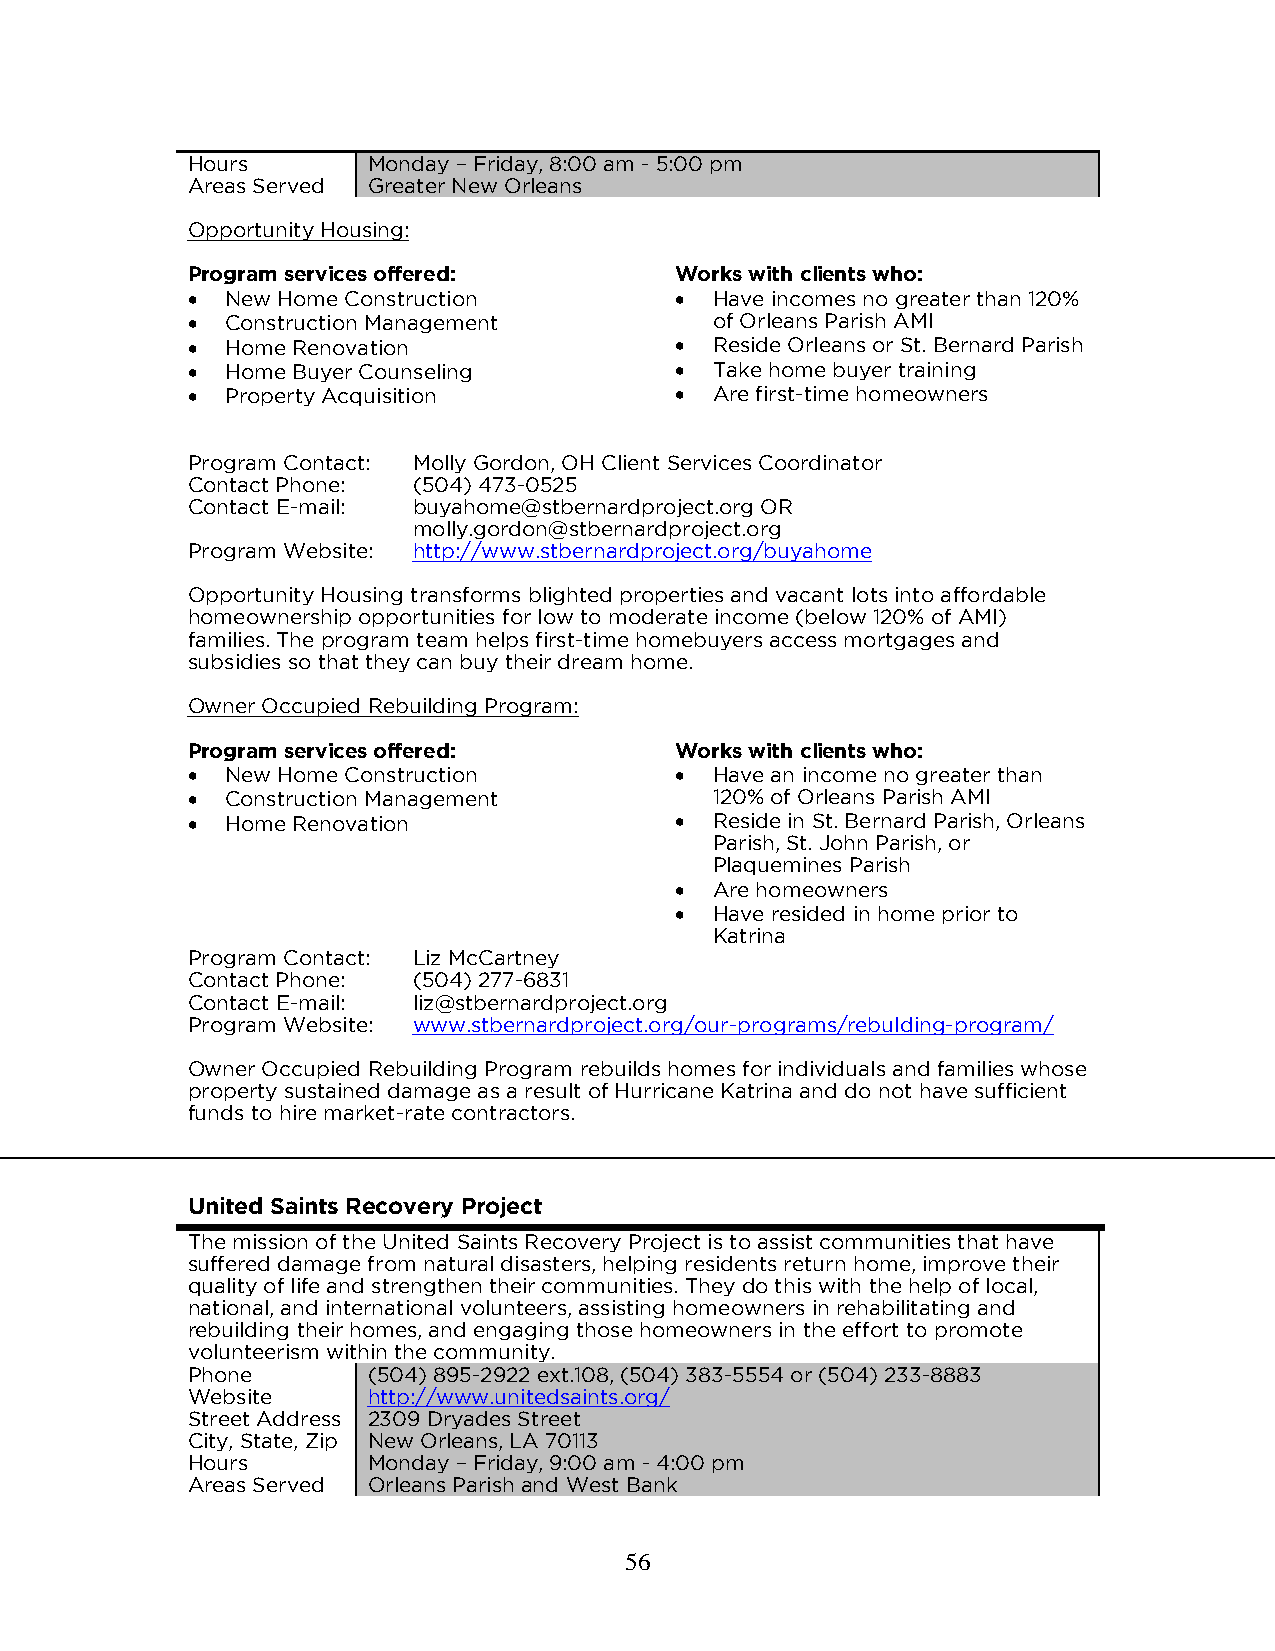
Hours       Monday – Friday, 8:00 am - 5:00 pm
 Areas Served Greater New Orleans
 Opportunity Housing:
 Program services offered:        Works with clients who:
   New Home Construction          Have incomes no greater than 120%
   Construction Management         of Orleans Parish AMI
   Home Renovation                Reside Orleans or St. Bernard Parish
   Home Buyer Counseling          Take home buyer training
   Property Acquisition           Are first-time homeowners
 Program Contact: Molly Gordon, OH Client Services Coordinator
 Contact Phone: (504) 473-0525
 Contact E-mail: buyahome@stbernardproject.org OR
 molly.gordon@stbernardproject.org
 Program Website: http://www.stbernardproject.org/buyahome
 Opportunity Housing transforms blighted properties and vacant lots into affordable
 homeownership opportunities for low to moderate income (below 120% of AMI)
 families. The program team helps first-time homebuyers access mortgages and
 subsidies so that they can buy their dream home.
 Owner Occupied Rebuilding Program:
 Program services offered:        Works with clients who:
   New Home Construction          Have an income no greater than
   Construction Management         120% of Orleans Parish AMI
   Home Renovation                Reside in St. Bernard Parish, Orleans
 Parish, St. John Parish, or
 Plaquemines Parish
  Are homeowners
  Have resided in home prior to
 Katrina
 Program Contact: Liz McCartney
 Contact Phone: (504) 277-6831
 Contact E-mail: liz@stbernardproject.org
 Program Website: www.stbernardproject.org/our-programs/rebulding-program/
 Owner Occupied Rebuilding Program rebuilds homes for individuals and families whose
 property sustained damage as a result of Hurricane Katrina and do not have sufficient
 funds to hire market-rate contractors.
 United Saints Recovery Project
 The mission of the United Saints Recovery Project is to assist communities that have
 suffered damage from natural disasters, helping residents return home, improve their
 quality of life and strengthen their communities. They do this with the help of local,
 national, and international volunteers, assisting homeowners in rehabilitating and
 rebuilding their homes, and engaging those homeowners in the effort to promote
 volunteerism within the community.
 Phone       (504) 895-2922 ext.108, (504) 383-5554 or (504) 233-8883
 Website     http://www.unitedsaints.org/
 Street Address 2309 Dryades Street
 City, State, Zip New Orleans, LA 70113
 Hours       Monday – Friday, 9:00 am - 4:00 pm
 Areas Served Orleans Parish and West Bank
 56